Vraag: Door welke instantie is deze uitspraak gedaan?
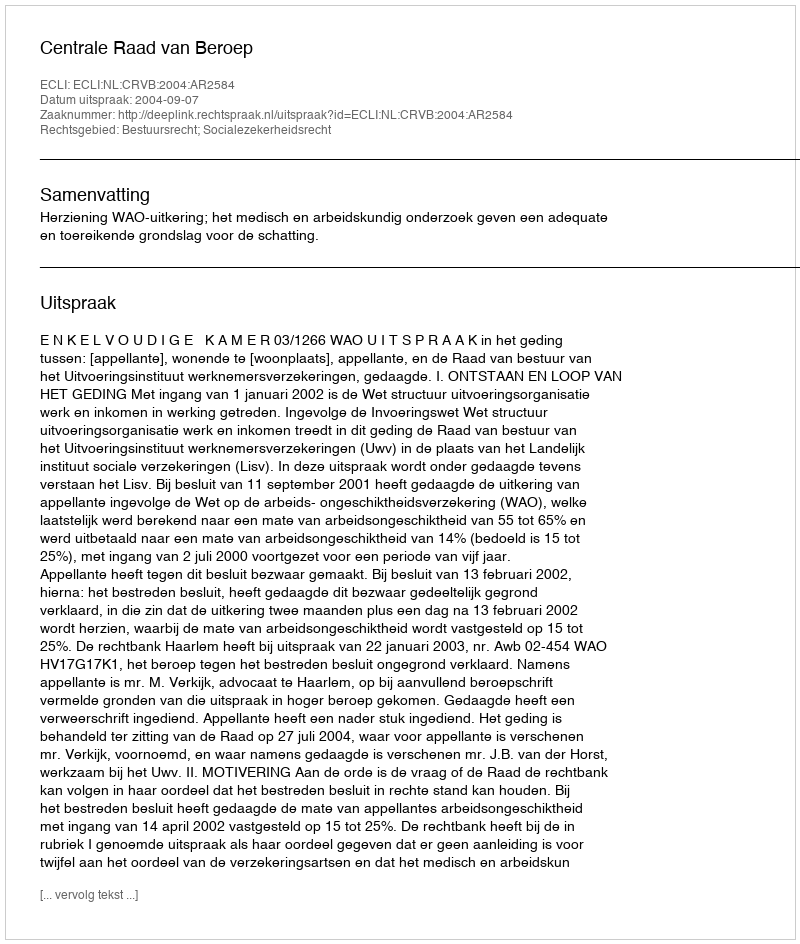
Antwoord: Centrale Raad van Beroep